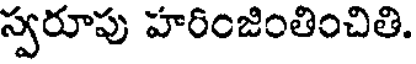
స్వరూపు హరింజింతించితి.